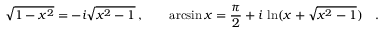
\sqrt { 1 - x ^ { 2 } } = - i \sqrt { x ^ { 2 } - 1 } \, , \qquad \arcsin x = { \frac { \pi } { 2 } } + i \, \ln ( x + \sqrt { x ^ { 2 } - 1 } ) \quad .